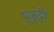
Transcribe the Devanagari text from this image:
पूकुट्टी